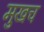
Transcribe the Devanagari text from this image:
मुखच